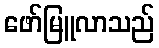
ဖော်မြူလာသည်